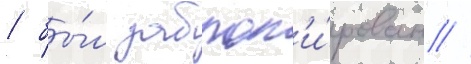
/ бы́л заблок'и́рован //